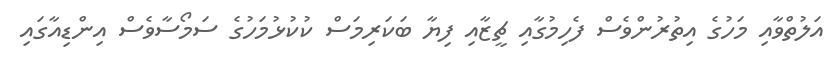
އަލުތްވާއި މަހުގެ އިތުރުންވެސް ފެހިމުގާއި ޗީޒާއި ފިޔާ ބަކަރިމަސް ކުކުޅުމަހުގެ ސަމޯސާވެސް އިންޑިއާގައި